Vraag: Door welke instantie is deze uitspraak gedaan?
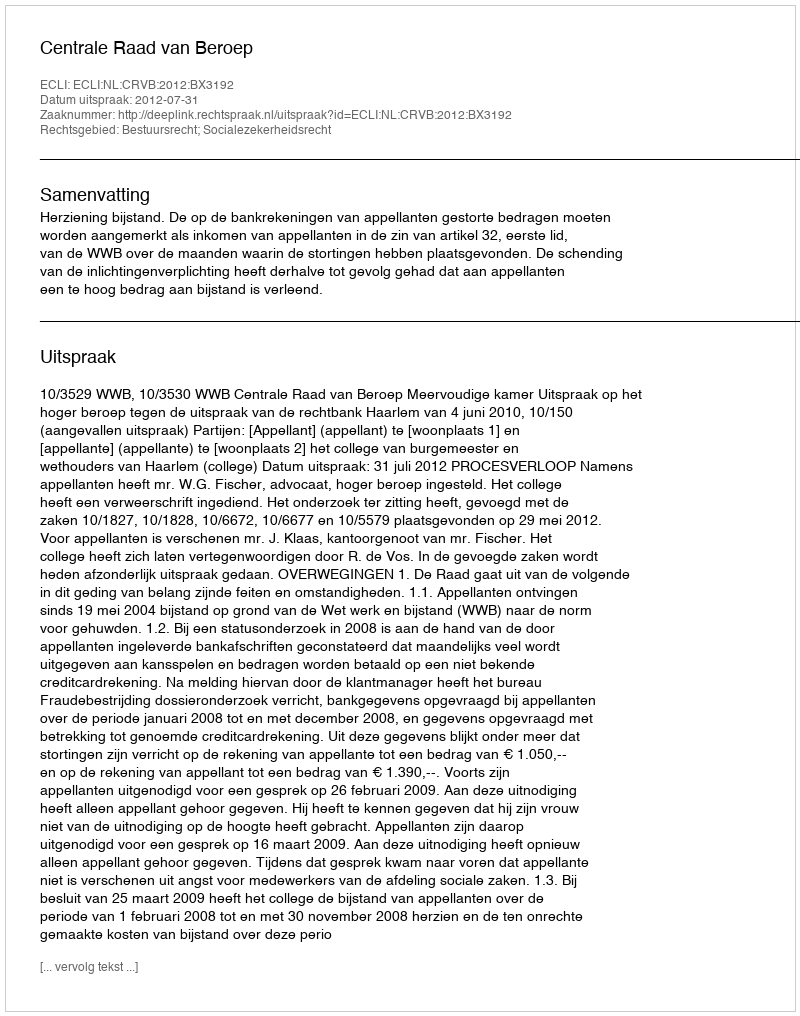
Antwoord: Centrale Raad van Beroep